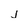
Character: j